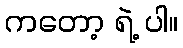
ကတော့ ရဲ့ ပါ။